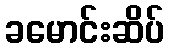
ခမောင်းဆိပ်